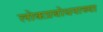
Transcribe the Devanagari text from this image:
लोकप्रबोधनाच्या